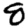
Digit: 8